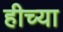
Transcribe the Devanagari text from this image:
हीच्या